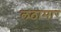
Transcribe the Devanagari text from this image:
लठामार